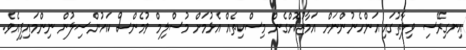
އިނގިރޭސި ވިލާތުގައި އަންހެނުންނަށް އަމާޒުކޮށްގެން މިސްކިތެއް އެޅުމަށް މުސްލިމް ވުމެންސް ކައުންސިލުން ނިންމައިފިއެވެ.